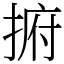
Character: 捬